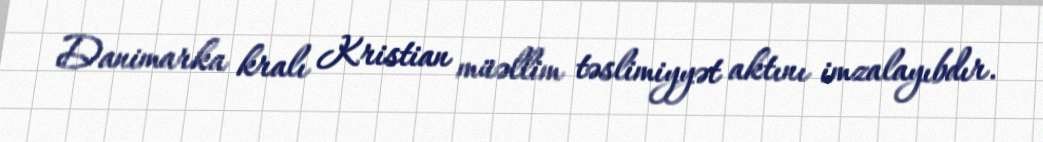
Danimarka kralı Kristian müəllim təslimiyyət aktını imzalayıbdır.